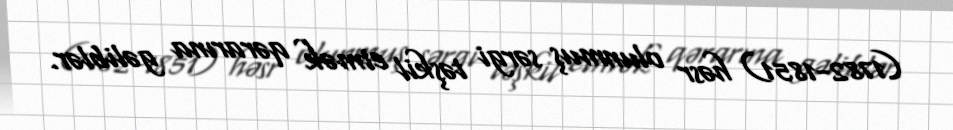
(1782-1851) həsr olunmuş sərgi təşkil etmək qərarına gəliblər.